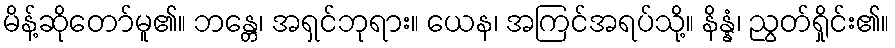
မိန့်ဆိုတော်မူ၏။ ဘန္တေ၊ အရှင်ဘုရား။ ယေန၊ အကြင်အရပ်သို့။ နိန္နံ၊ ညွတ်ရှိုင်း၏။